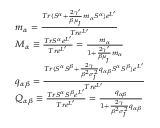
{ \footnotesize \begin{array} { r l } & { m _ { \alpha } = \frac { T r ( S ^ { \alpha } + \frac { 2 \gamma ^ { \prime } } { \beta \mu _ { _ { J } } } m _ { \alpha } S ^ { \alpha } ) e ^ { L ^ { \prime } } } { T r e ^ { L ^ { \prime } } } } \\ & { M _ { \alpha } \equiv \frac { T r S ^ { \alpha } e ^ { L ^ { \prime } } } { T r e ^ { L ^ { \prime } } } = \frac { m _ { \alpha } } { 1 + \frac { 2 \gamma ^ { \prime } } { \beta \mu _ { _ { J } } } m _ { \alpha } } } \\ & { q _ { \alpha \beta } = \frac { T r ( S ^ { \alpha } S ^ { \beta } + \frac { 2 \gamma } { \beta ^ { 2 } \sigma _ { _ { J } } ^ { 2 } } q _ { \alpha \beta } S ^ { \alpha } S ^ { \beta } ) e ^ { L ^ { \prime } } } { T r e ^ { L ^ { \prime } } } } \\ & { Q _ { \alpha \beta } \equiv \frac { T r S ^ { \alpha } S ^ { \beta } e ^ { L ^ { \prime } } } { T r e ^ { L ^ { \prime } } } = \frac { q _ { \alpha \beta } } { 1 + \frac { 2 \gamma } { \beta ^ { 2 } \sigma _ { _ { J } } ^ { 2 } } q _ { \alpha \beta } } } \end{array} }